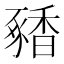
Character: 𬳝